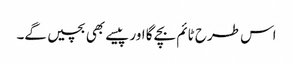
اس طرح ٹائم بچے گا اور پیسے بھی بچیں گے۔